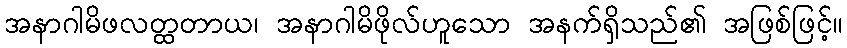
အနာဂါမိဖလတ္ထတာယ၊ အနာဂါမိဖိုလ်ဟူသော အနက်ရှိသည်၏ အဖြစ်ဖြင့်။